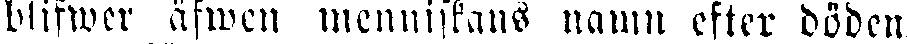
blifwer äfwen menniskans namn efter döden